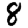
Digit: 8